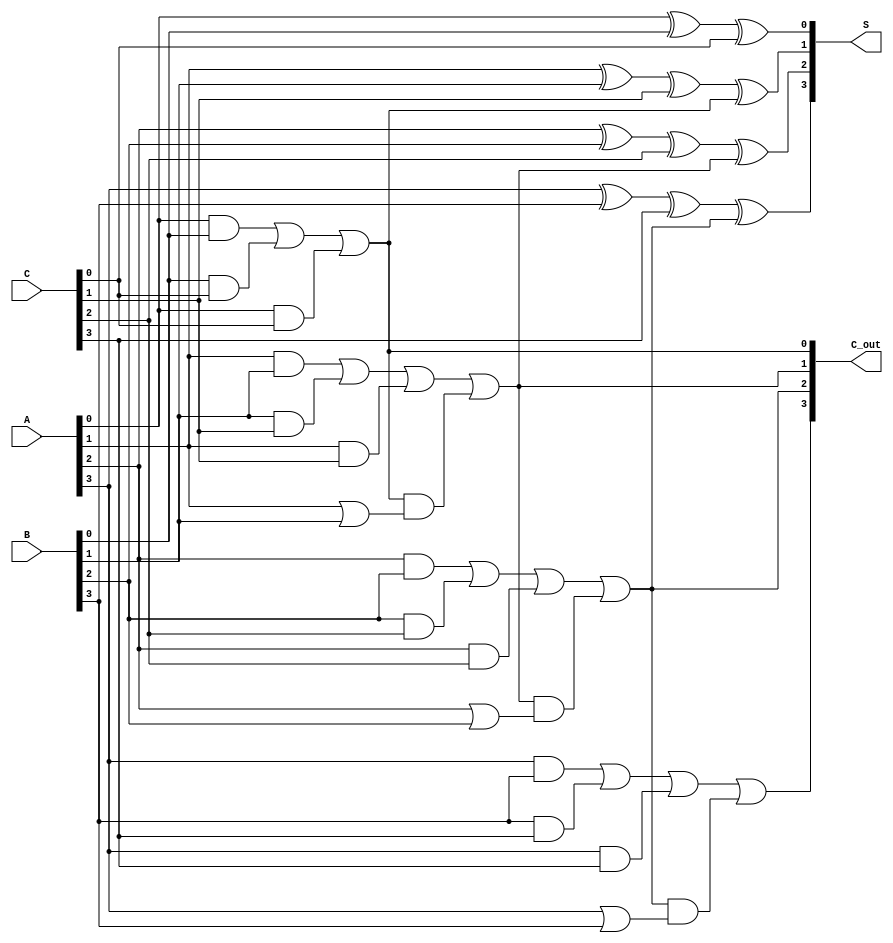
module Dynamic_Carry_Save_Adder (
    input [3:0] A, // First input
    input [3:0] B, // Second input
    input [3:0] C, // Third input
    output [3:0] S, // Sum output
    output [3:0] C_out // Carry output
);
    // Internal wires for intermediate results
    wire [3:0] S_temp;
    wire [3:0] C_temp;

    // Dynamic logic for sum and carry outputs
    assign S_temp[0] = A[0] ^ B[0] ^ C[0];
    assign C_temp[0] = (A[0] & B[0]) | (B[0] & C[0]) | (A[0] & C[0]);

    assign S_temp[1] = A[1] ^ B[1] ^ C[1] ^ C_temp[0];
    assign C_temp[1] = (A[1] & B[1]) | (B[1] & C[1]) | (A[1] & C[1]) | (C_temp[0] & (A[1] | B[1]));

    assign S_temp[2] = A[2] ^ B[2] ^ C[2] ^ C_temp[1];
    assign C_temp[2] = (A[2] & B[2]) | (B[2] & C[2]) | (A[2] & C[2]) | (C_temp[1] & (A[2] | B[2]));

    assign S_temp[3] = A[3] ^ B[3] ^ C[3] ^ C_temp[2];
    assign C_temp[3] = (A[3] & B[3]) | (B[3] & C[3]) | (A[3] & C[3]) | (C_temp[2] & (A[3] | B[3]));

    // Assign final outputs
    assign S = S_temp;
    assign C_out = C_temp;

endmodule